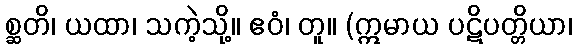
စ္ဆတိ၊ ယထာ၊ သကဲ့သို့။ ဧဝံ၊ တူ။ (ဣမာယ ပဋိပတ္တိယာ၊